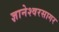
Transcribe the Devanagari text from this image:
ज्ञानेश्वरसागर